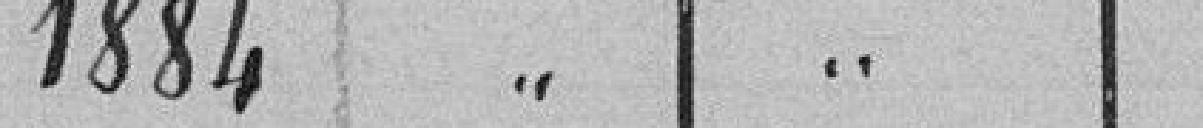
1884 " "